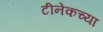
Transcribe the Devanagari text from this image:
टीनेकच्या